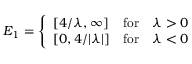
E _ { 1 } = \left\{ \begin{array} { l l l } { { \left[ 4 / \lambda , \infty \right] } } & { { \mathrm { f o r } } } & { { \lambda > 0 } } \\ { { \left[ 0 , 4 / | \lambda | \right] } } & { { \mathrm { f o r } } } & { { \lambda < 0 } } \end{array} \right.